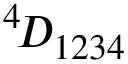
^ { 4 } \! { \cal D } _ { 1 2 3 4 }